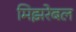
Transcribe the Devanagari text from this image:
मिझरेबल